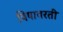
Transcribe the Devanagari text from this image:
विषावरती